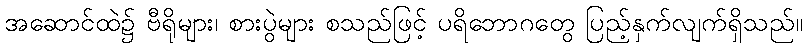
အဆောင်ထဲ၌ ဗီရိုများ၊ စားပွဲများ စသည်ဖြင့် ပရိဘောဂတွေ ပြည့်နှက်လျက်ရှိသည်။